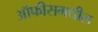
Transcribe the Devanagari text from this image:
ऑफीसमधील